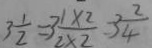
3 \frac { 1 } { 2 } = 3 \frac { 1 \times 2 } { 2 \times 2 } = 3 \frac { 2 } { 4 }